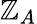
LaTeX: \mathbb{Z}_{A}